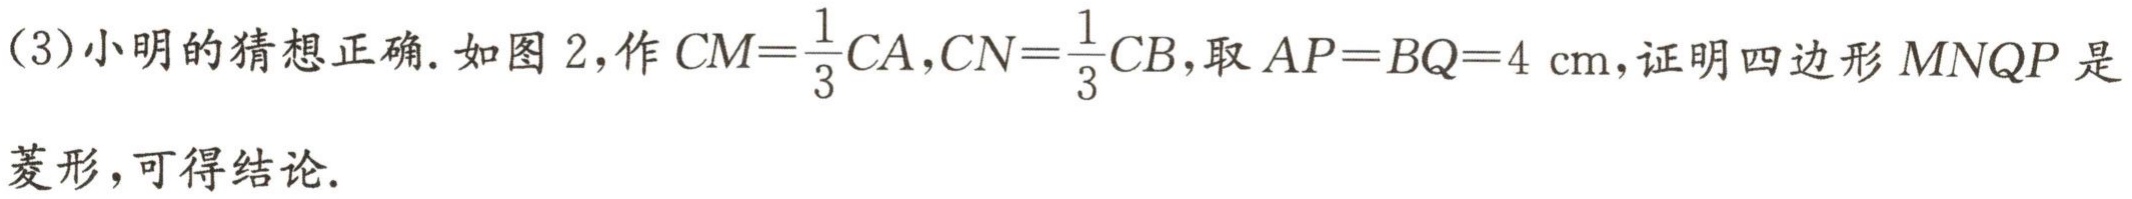
(3)小明的猜想正确. 如图 2,作 \(CM = \frac{1}{3}CA,CN=\frac{1}{3}CB\),取 \(AP = BQ = 4\mathrm{cm}\),证明四边形 \(MNQP\) 是
菱形,可得结论.